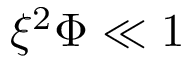
\xi ^ { 2 } \Phi \ll 1